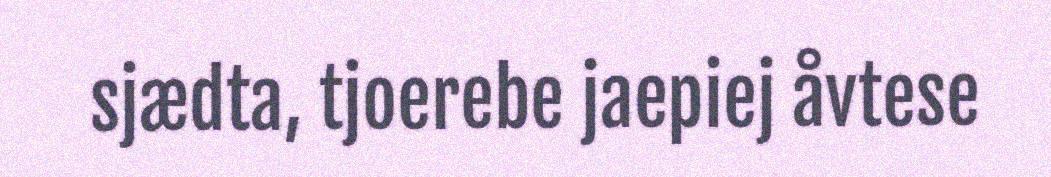
sjædta, tjoerebe jaepiej åvtese